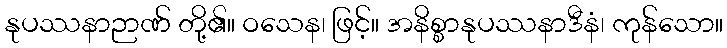
နုပဿနာဉာဏ် တို့၏။ ဝသေန၊ ဖြင့်။ အနိစ္စာနုပဿနာဒီနံ၊ ကုန်သော။